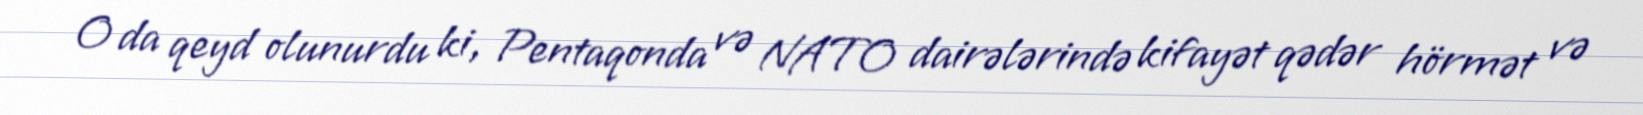
O da qeyd olunurdu ki, Pentaqonda və NATO dairələrində kifayət qədər hörmət və